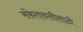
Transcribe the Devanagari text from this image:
संकेतावलीसाठी